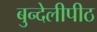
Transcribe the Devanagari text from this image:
बुन्देलीपीठ